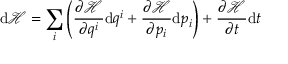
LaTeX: \mathrm { d } { \mathcal { H } } = \sum _ { i } \left( { \frac { \partial { \mathcal { H } } } { \partial q ^ { i } } } \mathrm { d } q ^ { i } + { \frac { \partial { \mathcal { H } } } { \partial p _ { i } } } \mathrm { d } p _ { i } \right) + { \frac { \partial { \mathcal { H } } } { \partial t } } \mathrm { d } t